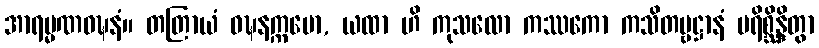
အာရမ္မဏဝဍ္ဎနံ။ တတြာယံ ဝဍ္ဎနက္ကမော, ယထာ ဟိ ကုသလော ကဿကော ကသိတဗ္ဗဋ္ဌာနံ ပရိစ္ဆိန္ဒိတွာ